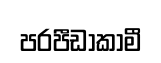
පරපීඩාකාමී